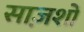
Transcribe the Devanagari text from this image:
साज़शों